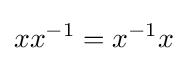
xx^{-1}=x^{-1}x